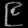
Digit: ၉